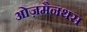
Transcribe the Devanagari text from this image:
ओज़मैनथस